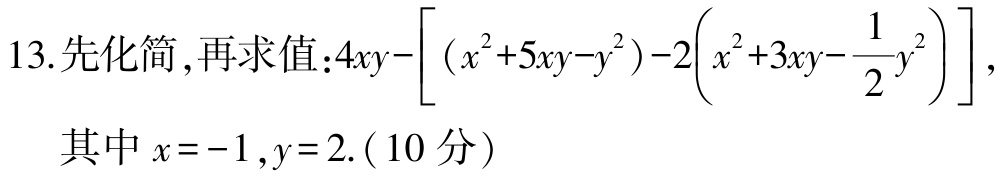
13.先化简,再求值：$4xy-\left[\left(x^{2}+5xy - y^{2}\right)-2\left(x^{2}+3xy-\frac{1}{2}y^{2}\right)\right]$,

其中$x = - 1,y = 2$.（10分）